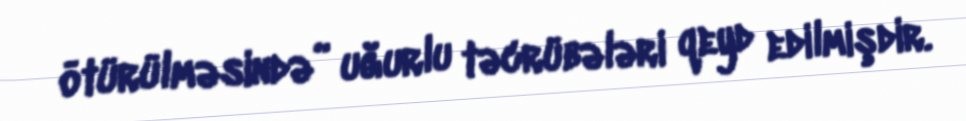
ötürülməsində” uğurlu təcrübələri qeyd edilmişdir.